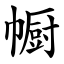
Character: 㡡